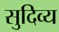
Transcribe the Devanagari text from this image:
सुदिव्य